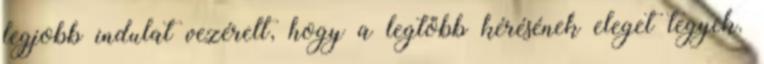
legjobb indulat vezérelt, hogy a legtöbb kérésének eleget tegyek.